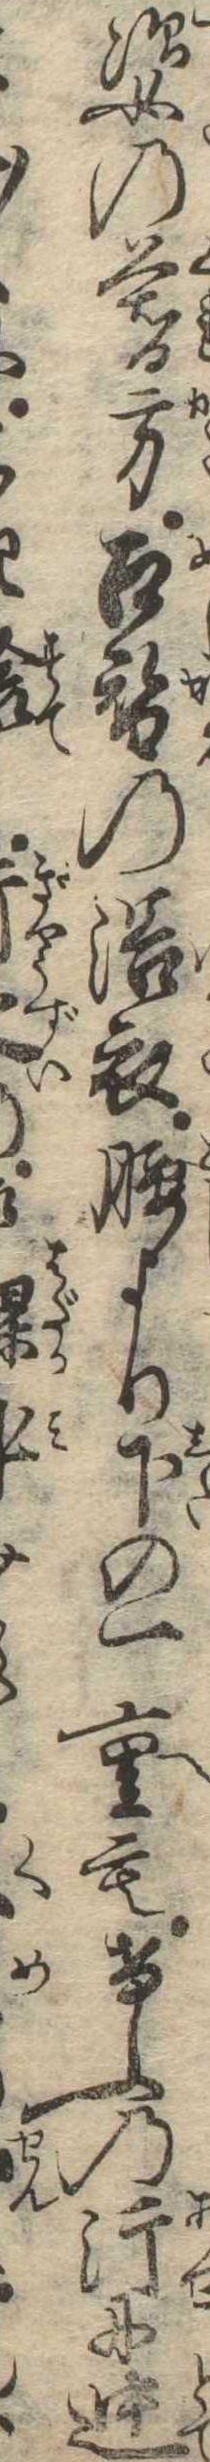
姿の暮方召替の浴衣腰より下の一重もけふの汗に迚